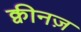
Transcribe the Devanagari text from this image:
क्वीनज़